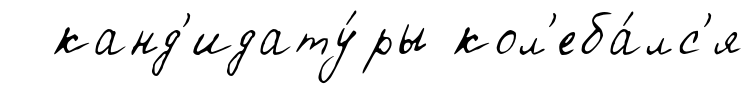
канд'идату́ры кол'еба́лс'я